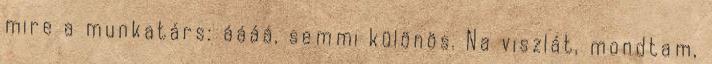
mire a munkatárs: áááá, semmi különös. Na viszlát, mondtam,